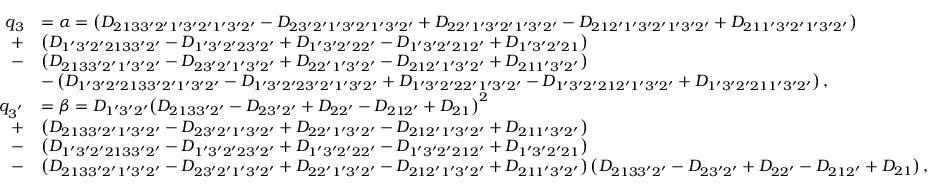
\begin{array} { r l } { q _ { 3 } } & { = \alpha = \left( { { D _ { 2 1 3 3 ^ { \prime } 2 ^ { \prime } 1 ^ { \prime } 3 ^ { \prime } 2 ^ { \prime } 1 ^ { \prime } 3 ^ { \prime } 2 ^ { \prime } } } - { D _ { 2 3 ^ { \prime } 2 ^ { \prime } 1 ^ { \prime } 3 ^ { \prime } 2 ^ { \prime } 1 ^ { \prime } 3 ^ { \prime } 2 ^ { \prime } } } + { D _ { 2 2 ^ { \prime } 1 ^ { \prime } 3 ^ { \prime } 2 ^ { \prime } 1 ^ { \prime } 3 ^ { \prime } 2 ^ { \prime } } } - { D _ { 2 1 2 ^ { \prime } 1 ^ { \prime } 3 ^ { \prime } 2 ^ { \prime } 1 ^ { \prime } 3 ^ { \prime } 2 ^ { \prime } } } + { D _ { 2 1 1 ^ { \prime } 3 ^ { \prime } 2 ^ { \prime } 1 ^ { \prime } 3 ^ { \prime } 2 ^ { \prime } } } } \right) } \\ { + } & { \left( { { D _ { 1 ^ { \prime } 3 ^ { \prime } 2 ^ { \prime } 2 1 3 3 ^ { \prime } 2 ^ { \prime } } } - { D _ { 1 ^ { \prime } 3 ^ { \prime } 2 ^ { \prime } 2 3 ^ { \prime } 2 ^ { \prime } } } + { D _ { 1 ^ { \prime } 3 ^ { \prime } 2 ^ { \prime } 2 2 ^ { \prime } } } - { D _ { 1 ^ { \prime } 3 ^ { \prime } 2 ^ { \prime } 2 1 2 ^ { \prime } } } + { D _ { 1 ^ { \prime } 3 ^ { \prime } 2 ^ { \prime } 2 1 } } } \right) } \\ { - } & { \left( { { D _ { 2 1 3 3 ^ { \prime } 2 ^ { \prime } 1 ^ { \prime } 3 ^ { \prime } 2 ^ { \prime } } } - { D _ { 2 3 ^ { \prime } 2 ^ { \prime } 1 ^ { \prime } 3 ^ { \prime } 2 ^ { \prime } } } + { D _ { 2 2 ^ { \prime } 1 ^ { \prime } 3 ^ { \prime } 2 ^ { \prime } } } - { D _ { 2 1 2 ^ { \prime } 1 ^ { \prime } 3 ^ { \prime } 2 ^ { \prime } } } + { D _ { 2 1 1 ^ { \prime } 3 ^ { \prime } 2 ^ { \prime } } } } \right) } \\ & { - \left( { { D _ { 1 ^ { \prime } 3 ^ { \prime } 2 ^ { \prime } 2 1 3 3 ^ { \prime } 2 ^ { \prime } 1 ^ { \prime } 3 ^ { \prime } 2 ^ { \prime } } } - { D _ { 1 ^ { \prime } 3 ^ { \prime } 2 ^ { \prime } 2 3 ^ { \prime } 2 ^ { \prime } 1 ^ { \prime } 3 ^ { \prime } 2 ^ { \prime } } } + { D _ { 1 ^ { \prime } 3 ^ { \prime } 2 ^ { \prime } 2 2 ^ { \prime } 1 ^ { \prime } 3 ^ { \prime } 2 ^ { \prime } } } - { D _ { 1 ^ { \prime } 3 ^ { \prime } 2 ^ { \prime } 2 1 2 ^ { \prime } 1 ^ { \prime } 3 ^ { \prime } 2 ^ { \prime } } } + { D _ { 1 ^ { \prime } 3 ^ { \prime } 2 ^ { \prime } 2 1 1 ^ { \prime } 3 ^ { \prime } 2 ^ { \prime } } } } \right) , } \\ { q _ { 3 ^ { ' } } } & { = \beta = { D _ { 1 ^ { \prime } 3 ^ { \prime } 2 ^ { \prime } } } { \left( { { D _ { 2 1 3 3 ^ { \prime } 2 ^ { \prime } } } - { D _ { 2 3 ^ { \prime } 2 ^ { \prime } } } + { D _ { 2 2 ^ { \prime } } } - { D _ { 2 1 2 ^ { \prime } } } + { D _ { 2 1 } } } \right) ^ { 2 } } } \\ { + } & { \left( { { D _ { 2 1 3 3 ^ { \prime } 2 ^ { \prime } 1 ^ { \prime } 3 ^ { \prime } 2 ^ { \prime } } } - { D _ { 2 3 ^ { \prime } 2 ^ { \prime } 1 ^ { \prime } 3 ^ { \prime } 2 ^ { \prime } } } + { D _ { 2 2 ^ { \prime } 1 ^ { \prime } 3 ^ { \prime } 2 ^ { \prime } } } - { D _ { 2 1 2 ^ { \prime } 1 ^ { \prime } 3 ^ { \prime } 2 ^ { \prime } } } + { D _ { 2 1 1 ^ { \prime } 3 ^ { \prime } 2 ^ { \prime } } } } \right) } \\ { - } & { \left( { { D _ { 1 ^ { \prime } 3 ^ { \prime } 2 ^ { \prime } 2 1 3 3 ^ { \prime } 2 ^ { \prime } } } - { D _ { 1 ^ { \prime } 3 ^ { \prime } 2 ^ { \prime } 2 3 ^ { \prime } 2 ^ { \prime } } } + { D _ { 1 ^ { \prime } 3 ^ { \prime } 2 ^ { \prime } 2 2 ^ { \prime } } } - { D _ { 1 ^ { \prime } 3 ^ { \prime } 2 ^ { \prime } 2 1 2 ^ { \prime } } } + { D _ { 1 ^ { \prime } 3 ^ { \prime } 2 ^ { \prime } 2 1 } } } \right) } \\ { - } & { \left( { { D _ { 2 1 3 3 ^ { \prime } 2 ^ { \prime } 1 ^ { \prime } 3 ^ { \prime } 2 ^ { \prime } } } - { D _ { 2 3 ^ { \prime } 2 ^ { \prime } 1 ^ { \prime } 3 ^ { \prime } 2 ^ { \prime } } } + { D _ { 2 2 ^ { \prime } 1 ^ { \prime } 3 ^ { \prime } 2 ^ { \prime } } } - { D _ { 2 1 2 ^ { \prime } 1 ^ { \prime } 3 ^ { \prime } 2 ^ { \prime } } } + { D _ { 2 1 1 ^ { \prime } 3 ^ { \prime } 2 ^ { \prime } } } } \right) \left( { { D _ { 2 1 3 3 ^ { \prime } 2 ^ { \prime } } } - { D _ { 2 3 ^ { \prime } 2 ^ { \prime } } } + { D _ { 2 2 ^ { \prime } } } - { D _ { 2 1 2 ^ { \prime } } } + { D _ { 2 1 } } } \right) , } \end{array}